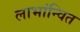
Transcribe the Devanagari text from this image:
लाभांन्वित